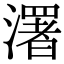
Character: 濖